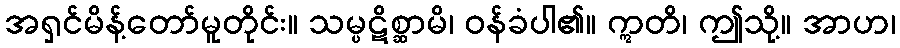
အရှင်မိန့်တော်မူတိုင်း။ သမ္ပဋိစ္ဆာမိ၊ ဝန်ခံပါ၏။ ဣတိ၊ ဤသို့။ အာဟ၊